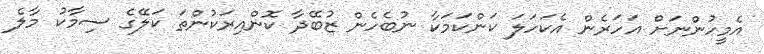
އެމީހުންނަށް އަހަރެން އެކަހަލަ ކަންކަމަކާ ނުބެހެން ޒުބޭދާ ކޮންއިރަކުންތަ ކަލޭގެ ސިމާކު މާލެ